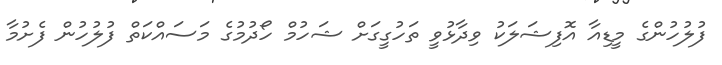
ފުލުހުންގެ މީޑިއާ އޮފިޝަލަކު ވިދާޅުވީ ތަހުގީގަށް ޝަހުމް ހޯދުމުގެ މަސައްކަތް ފުލުހުން ފެށުމާ